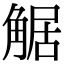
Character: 𧣻